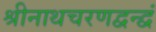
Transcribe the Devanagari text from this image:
श्रीनाथचरणद्वन्द्वं